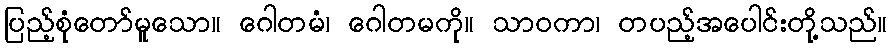
ပြည့်စုံတော်မူသော။ ဂေါတမံ၊ ဂေါတမကို။ သာဝကာ၊ တပည့်အပေါင်းတို့သည်။